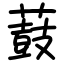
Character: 薣